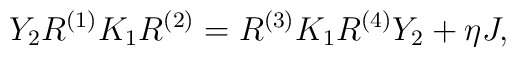
Y_{2} R^{(1)} K_{1} R^{(2)} = R^{(3)} K_{1} R^{(4)} Y_{2} + \eta J,